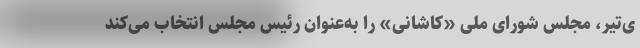
ی‌تیر، مجلس شورای ملی «کاشانی» را به‌عنوان رئیس مجلس انتخاب می‌کند